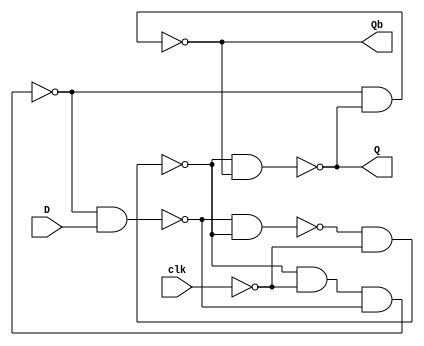
module D_FF_Neg_Trig(D,clk,Q,Qb);

input D,clk;
output Q,Qb;

wire [1:0]w;
wire nclk,Sb,Rb;

not N(nclk,clk);

nand N1(w[1],w[0],Sb);
nand N2(Sb,w[1],nclk);

nand N3(Rb,Sb,nclk,w[0]);
nand N4(w[0],Rb,D);

nand N5(Q,Sb,Qb);
nand N6(Qb,Rb,Q);

endmodule